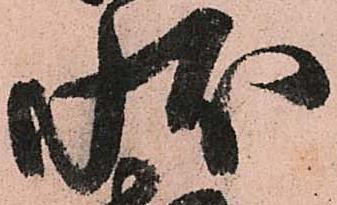
状